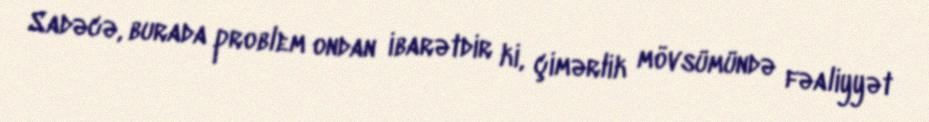
Sadəcə, burada problem ondan ibarətdir ki, çimərlik mövsümündə fəaliyyət